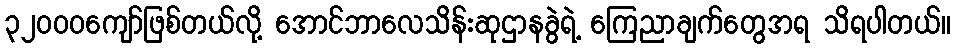
၃၂၀၀၀ကျော်ဖြစ်တယ်လို့ အောင်ဘာလေသိန်းဆုဌာနခွဲရဲ့ ကြေညာချက်တွေအရ သိရပါတယ်။